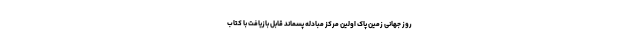
روز جهانی زمین پاک اولین مرکز مبادله پسماند قابل بازیافت با کتاب